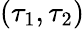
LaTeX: (\tau_{1},\tau_{2})